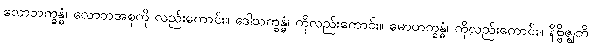
လောဘက္ခန္ဓံ၊ လောဘအစုကို လည်းကောင်း။ ဒေါသက္ခန္ဓံ၊ ကိုလည်းကောင်း။ မောဟက္ခန္ဓံ၊ ကိုလည်းကောင်း။ နိဗ္ဗိဇ္ဈတိ